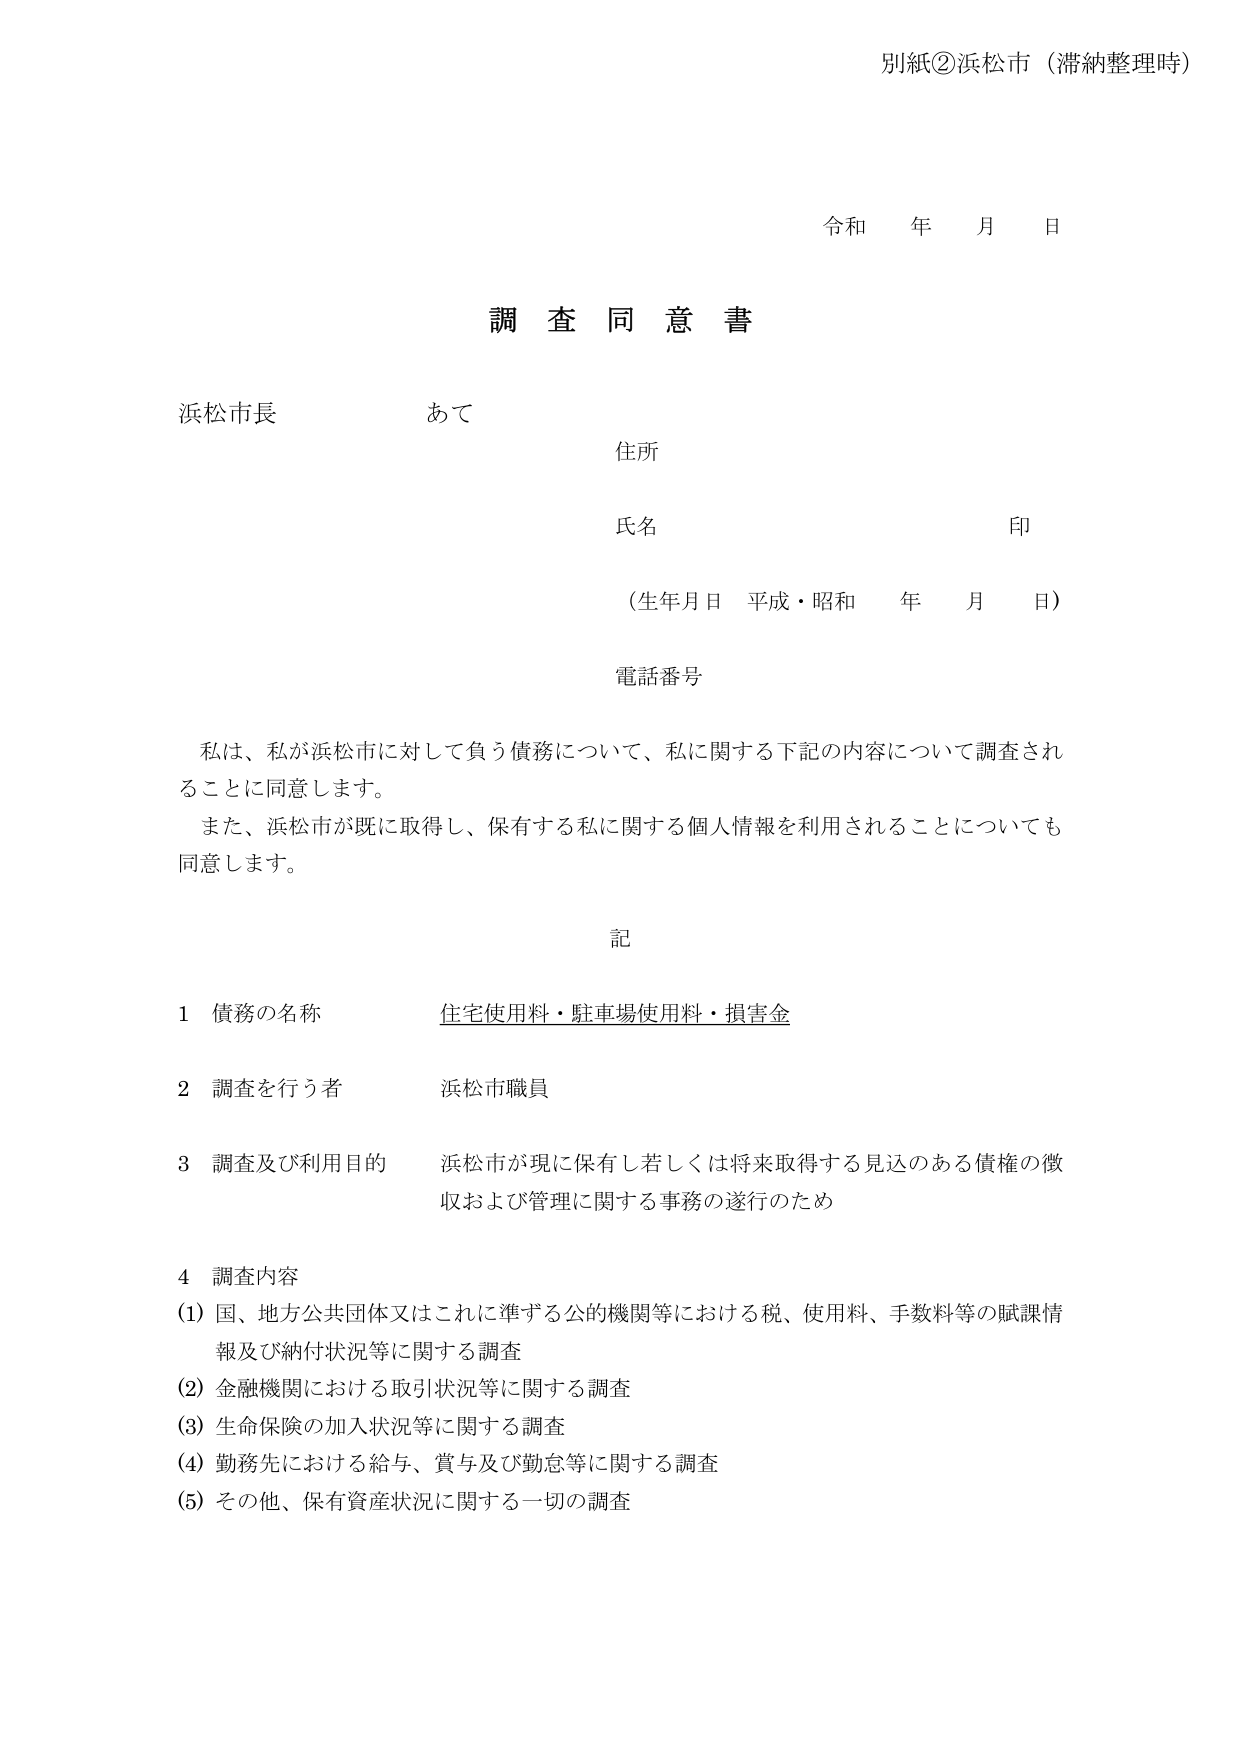
別紙②浜松市（滞納整理時）

令和 年 月 日

調査同意書

浜松市長 あて

住所

氏名 印

（生年月日 平成・昭和 年 月 日）

電話番号

私は、私が浜松市に対して負う債務について、私に関する下記の内容について調査されることに同意します。

また、浜松市が既に取得し、保有する私に関する個人情報を利用されることについても同意します。

記

1 債務の名称 住宅使用料・駐車場使用料・損害金

2 調査を行う者 浜松市職員

3 調査及び利用目的 浜松市が現に保有し若しくは将来取得する見込のある債権の徴収および管理に関する事務の遂行のため

4 調査内容
(1) 国、地方公共団体又はこれに準ずる公的機関等における税、使用料、手数料等の賦課情報及び納付状況等に関する調査
(2) 金融機関における取引状況等に関する調査
(3) 生命保険の加入状況等に関する調査
(4) 勤務先における給与、賞与及び勤怠等に関する調査
(5) その他、保有資産状況に関する一切の調査